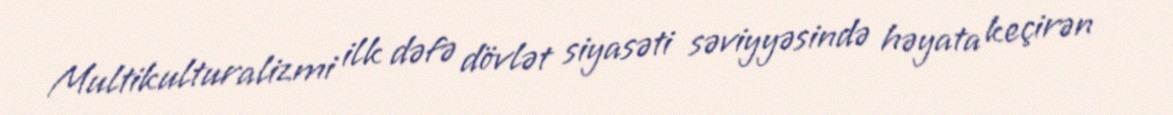
Multikulturalizmi ilk dəfə dövlət siyasəti səviyyəsində həyata keçirən